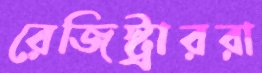
রেজিস্ট্রাররা